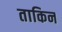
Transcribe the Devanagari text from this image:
ताकिन